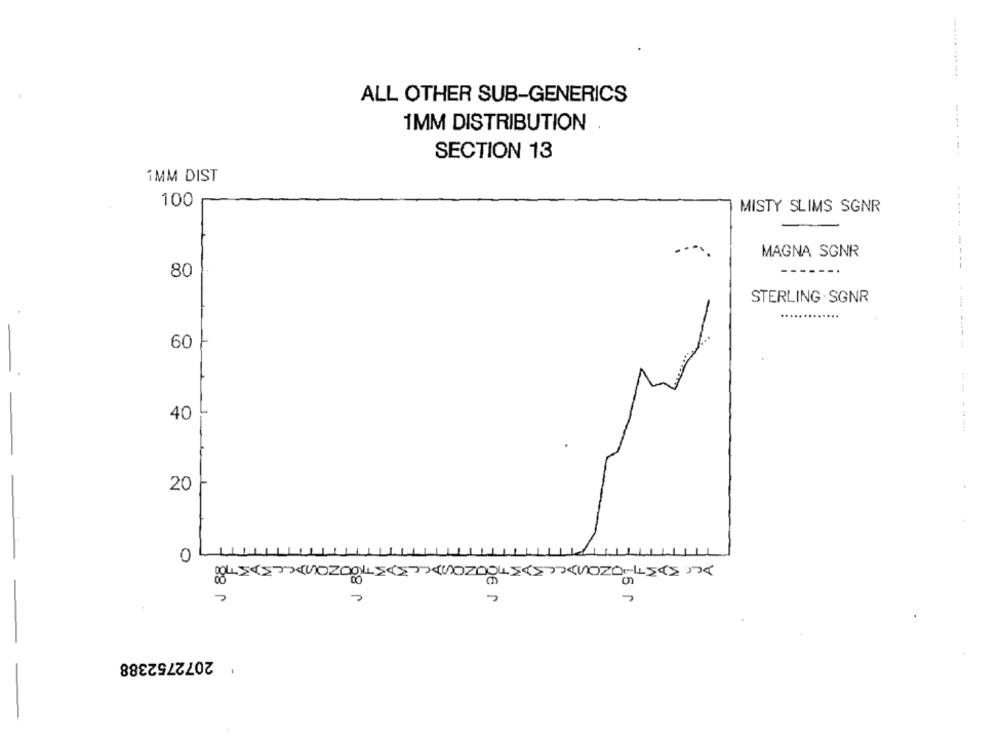
ALL OTHER SUB-GENERICS
1MM DISTRIBUTION
----- --
SECTION 13
1MM DIST
100
MISTY SLIMS SGNR
MAGNA SGNR
---
80
----------
STERLING . SGNR
60
40
------
20
0
J 88
16 0
2072752388